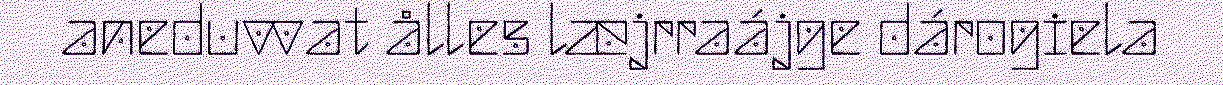
aneduvvat ålles læjrraájge dárogiela